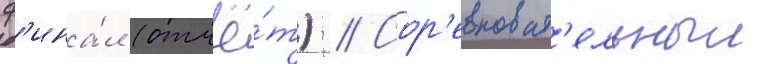
ф'ина́л (отчё́т) // Сор'евноват'ельныи